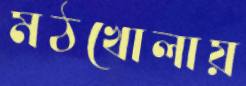
মঠখোলায়